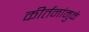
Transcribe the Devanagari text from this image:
कीर्तनांमुळे